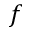
f